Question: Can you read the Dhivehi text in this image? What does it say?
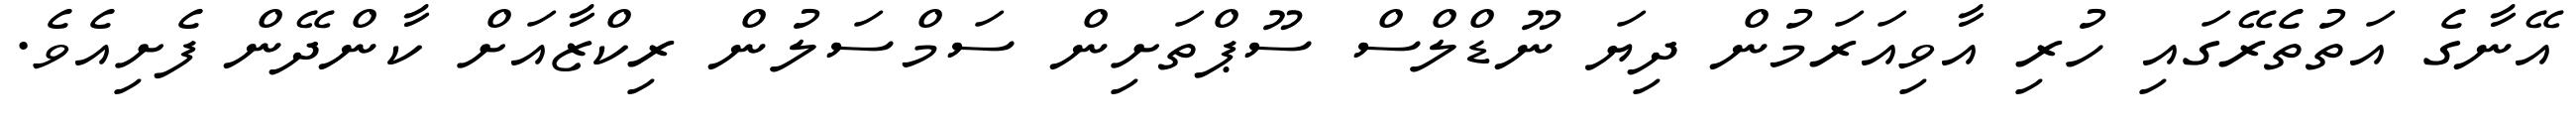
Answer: އޭނާގެ އަތުތެރޭގައި ހުރި އާވިއަރަމުން ދިޔަ ނޫޑްލްސް ސޫޕްތަށިން ސަމްސަލުން ރިކްޒާއަށް ކާންދޭން ފެށިއެވެ.